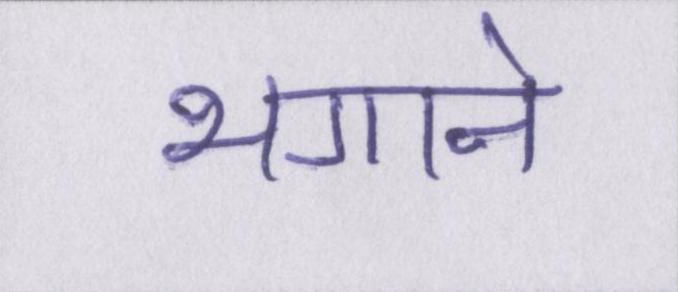
भगाने